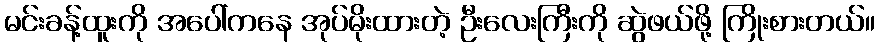
မင်းခန့်ထူးကို အပေါ်ကနေ အုပ်မိုးထားတဲ့ ဦးလေးကြီးကို ဆွဲဖယ်ဖို့ ကြိုးစားတယ်။